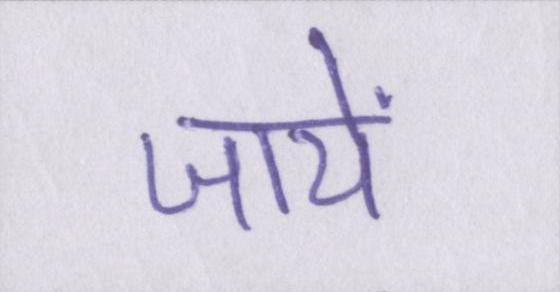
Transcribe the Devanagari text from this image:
जायें